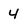
Character: 4